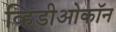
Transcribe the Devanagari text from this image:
व्हिडीओकॉन